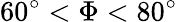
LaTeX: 60^{\circ}<\Phi<80^{\circ}